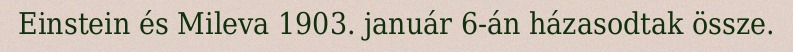
Einstein és Mileva 1903. január 6-án házasodtak össze.